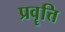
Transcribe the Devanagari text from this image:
प्रवॄत्ति